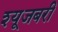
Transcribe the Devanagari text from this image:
श्यूजबरी